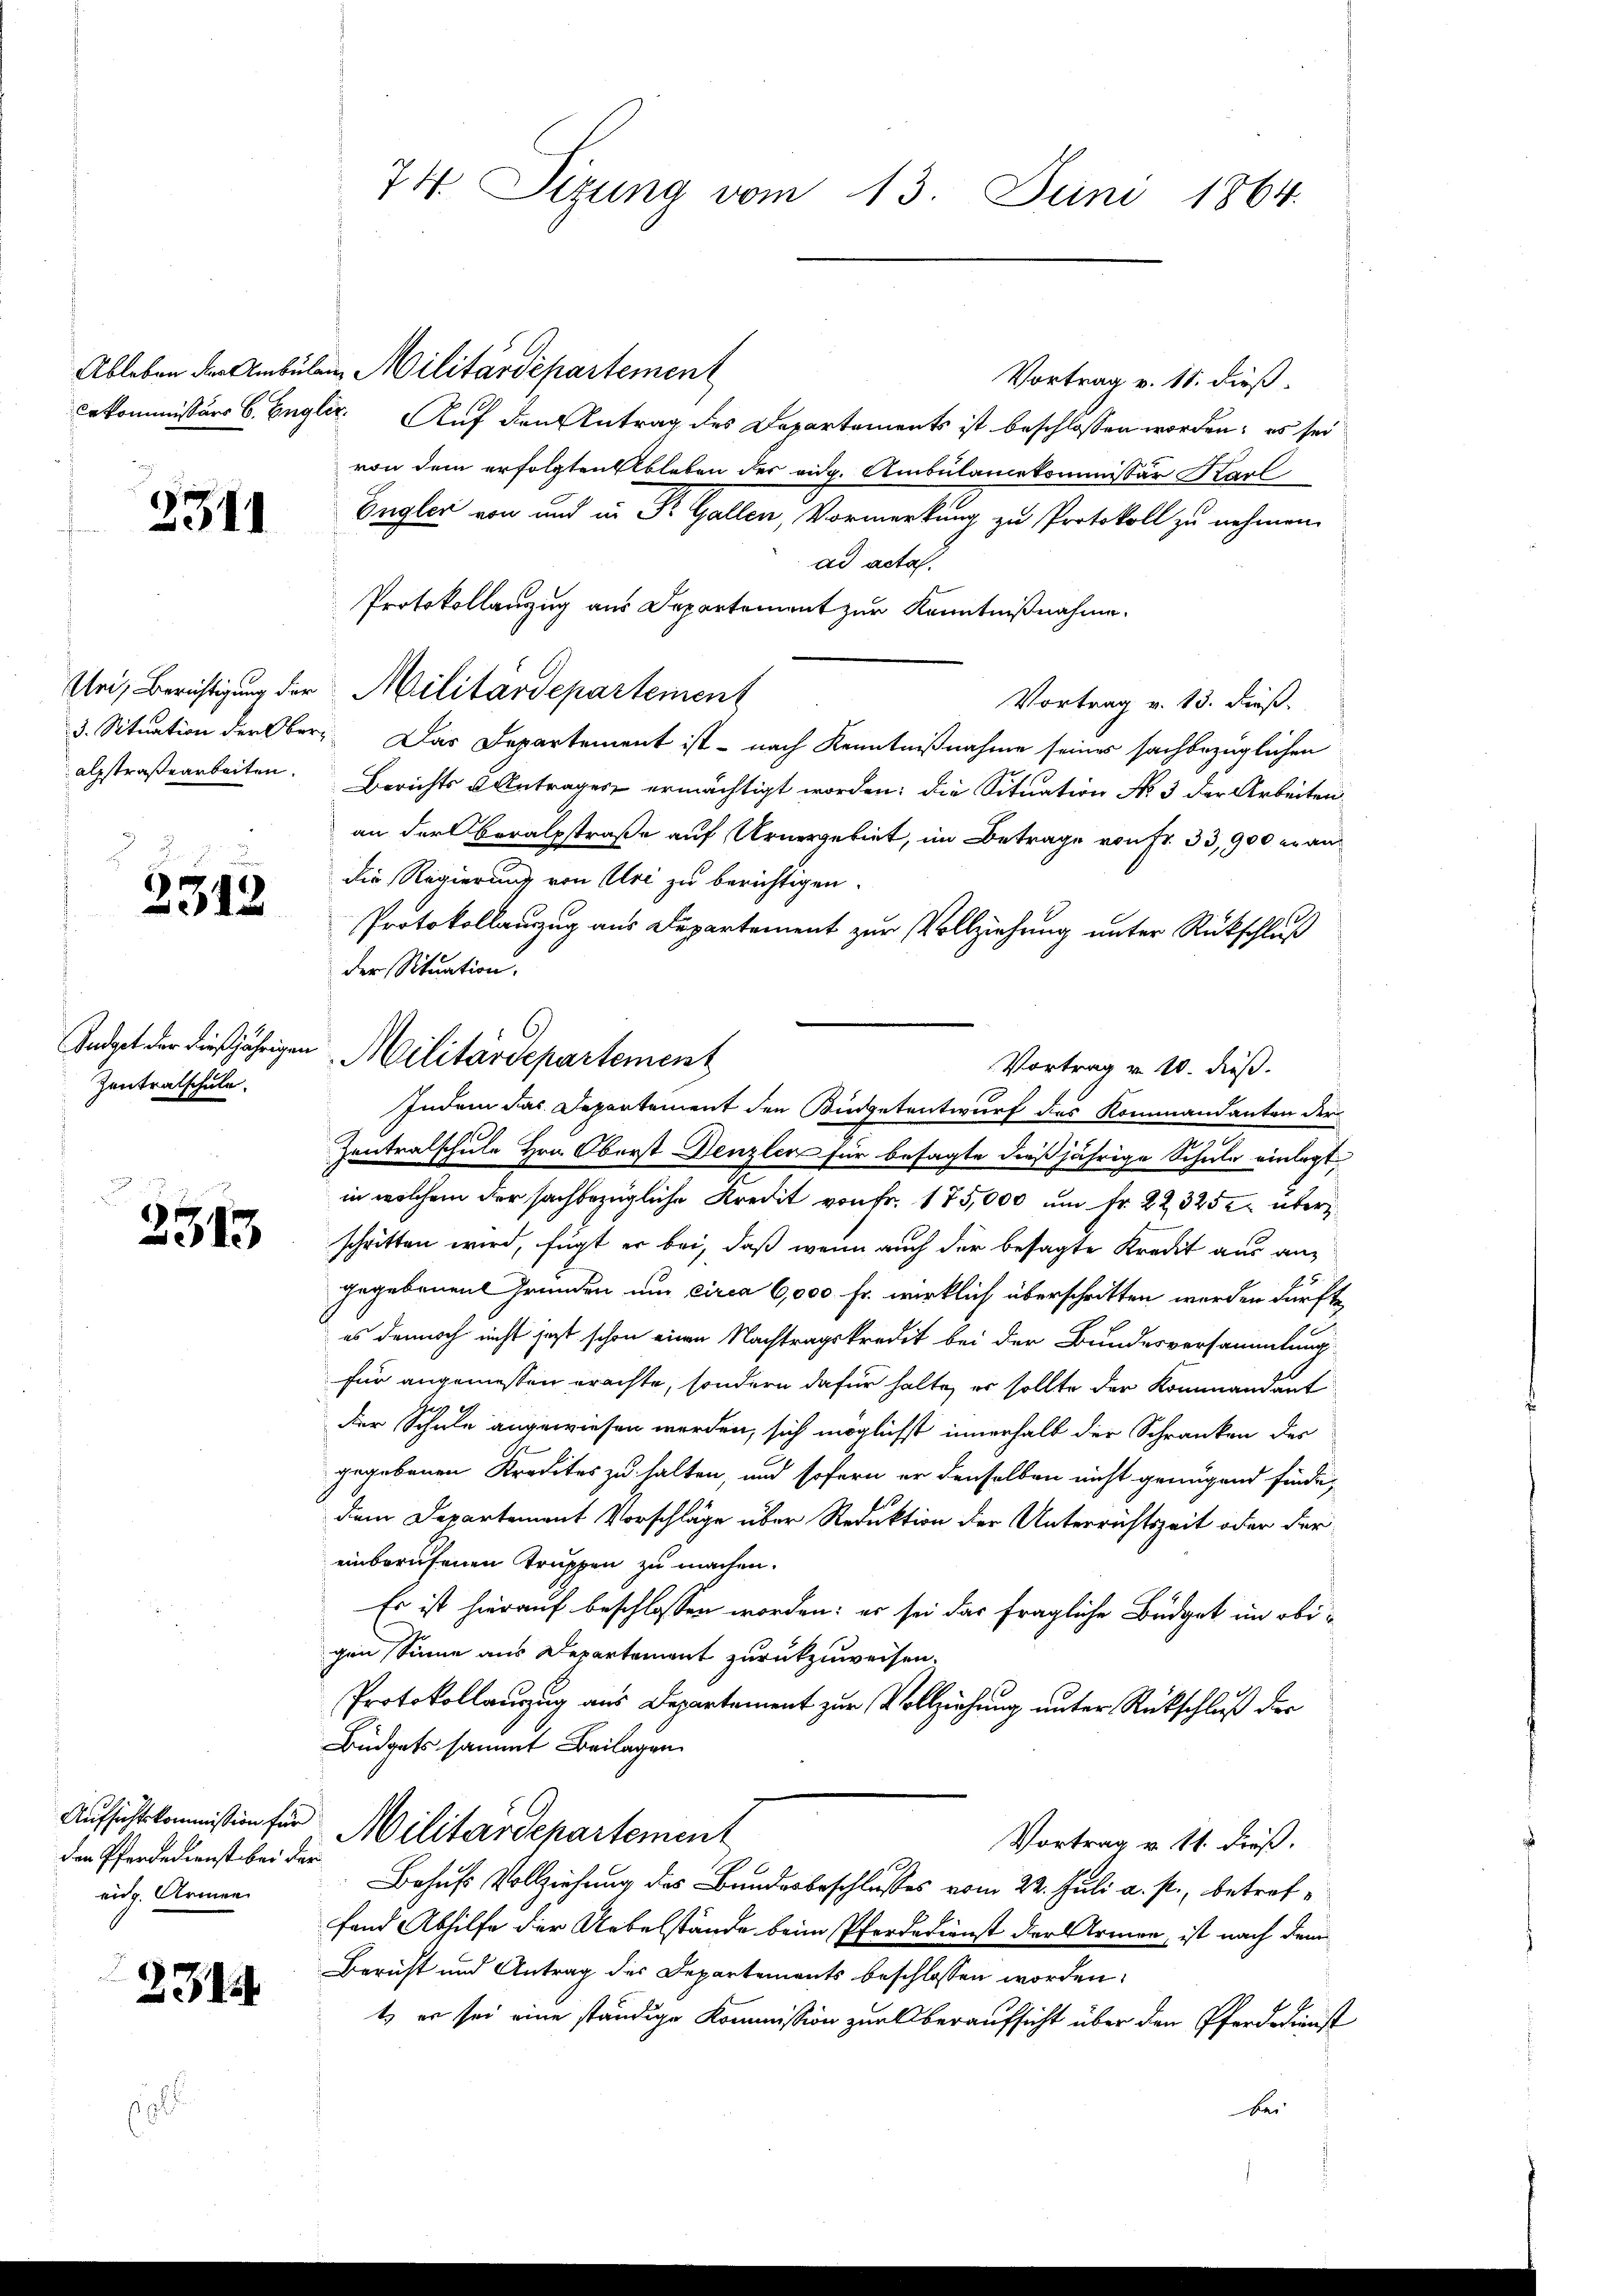
3341

2342

Zentratschule.

2315

den Pferdedienst bei der
eig. Armen

2314

s

Ableben der Ambulen Militärdepartement
Vortrag v. 11. dieß.
cekommissärs 6. Engler. Auf den Antrag des Departements ist beschlossen worden; es sei
von dem erfolgten Ableben der eidg. Ambulaniekommissär Karl
Eugler von und in Dr. Gallen, Vormerkung zu Protokoll zu nehmen.
ad acta.
Protokollanzug aus Departement zur Kenntnißnahme.
Vortrag v. 13. dieß.
3. Situation der Ober- Das Departement ist - nach Kenntnißnahme seines sachbezüglichen
alsstraßearbeiten. Berichts Antrages ermächtigt worden; die Situation No 3 der Arbeiten.
an der Beratsstraße auf Urnergebiet, im Betrage von Fr. 33,900 er andie Regierung von Uri zu berichtigen.
Protokollauszug aus Departement zur Vollziehung unter Rückschluß
der Situation.
Vortrag v. 10. dieß.
Indem das Departement den Büdgetentwurf des Kommandanten der
Zentralschule Hrn. Oberst Denzler für besagte dießjährige Schule einlegt.
in welchem der sachbezügliche Kredit von Fr. 175,000 um fr. 223252 über
schritten wird, fügt er bei, daß wenn auch der besagte Kredit aus angegebenen Gründen um circa 6,000 fr. wirklich überschritten werden dürfte,
es dennoch nicht jetzt schon einen Nachtragskredit bei der Bundesversammlung
für angemessen erachte, sondern dafür halte er sollte der Kommandant
der Schule angewiesen werden, sich möglichst innerhalb der Schranken des
gegebenen Kredites zu halten, und sofern er denselben nicht genügend finde,
dem Departement Vorschläge über Reduktion der Unterrichtszeit oder der
einberufenen Truppen zu machen.
Es ist hierauf beschlossen worden; er sei das fragliche Büdget in obigen Sinne aus Departement zurückzuweisen.
Protokollanzug aus Departement zur Vollziehung unter Rückschluß der
Büdgets sammt Beilagen.
Aufsichtskommission für Militärdepartement
Vortrag v. 11. dieß.
Behufs Vollziehung des Bunderbeschlusses vom 22. Juli a. p., betreffand Abhilfe der Uebelstände beim Pferdedienst der Armen, ist nach dem
Bericht und Antrag der Departements beschlossen worden.
t, er sei eine ständige Kommission zur Oberaufsicht über den Pferdedienst
bei

74. Sizung vom 13. Juni 1864.

Uri, Berichtigung der Militärdepartement

Andget der dießjährigen Militärdepartement